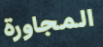
المجاورة